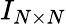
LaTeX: I_{N\times N}